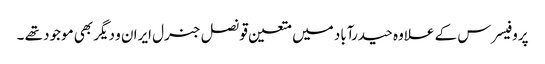
پروفیسرس کے علاوہ حیدرآباد میں متعین قونصل جنرل ایران و دیگر بھی موجود تھے ۔